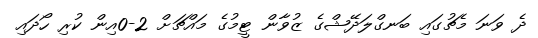
ދެ ވަނަ މެޗުގައި ބަނގްލަދޭޝްގެ ޒުވާން ޓީމުގެ މައްޗަށް 2-0އިން ކުރި ހޯދައި